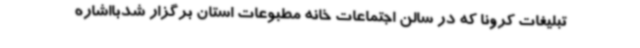
تبلیغات کرونا که در سالن اجتماعات خانه مطبوعات استان برگزار شدبااشاره